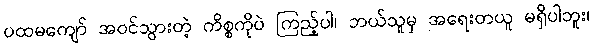
ပထမကျော် အဝင်သွားတဲ့ ကိစ္စကိုပဲ ကြည့်ပါ၊ ဘယ်သူမှ အရေးတယူ မရှိပါဘူး၊